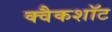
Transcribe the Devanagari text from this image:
क्वैकशॉट